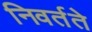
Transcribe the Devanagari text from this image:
निवर्तते